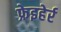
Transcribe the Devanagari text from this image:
फ्रेइहेर्र